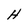
Character: H